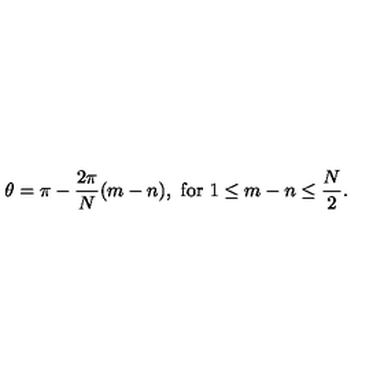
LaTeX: \theta = \pi - \frac { 2 \pi } { N } ( m - n ) , \ \mathrm { f o r } \ 1 \leq m - n \leq \frac { N } { 2 } .